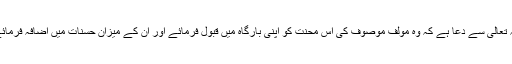
اللہ تعالی سے دعا ہے کہ وہ مولف موصوف کی اس محنت کو اپنی بارگاہ میں قبول فرمائے اور ان کے میزان حسنات میں اضافہ فرمائے۔